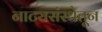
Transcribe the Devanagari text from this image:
नाट्यसंस्थेतून